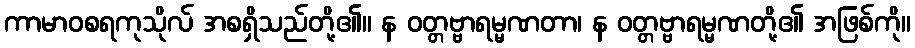
ကာမာဝစရကုသိုလ် အစရှိသည်တို့၏။ န ဝတ္တဗ္ဗာရမ္မဏတာ၊ န ဝတ္တဗ္ဗာရမ္မဏတို့၏ အဖြစ်ကို။